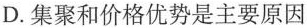
D.集聚和价格优势是主要原因